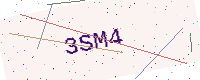
Text: 3SM4